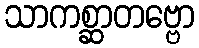
သာကစ္ဆာတဗ္ဗော